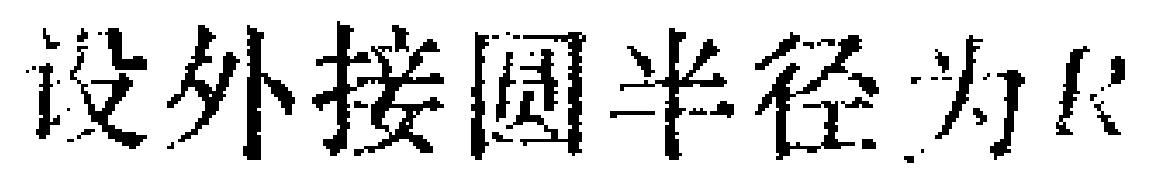
设外接圆半径为\(R\)